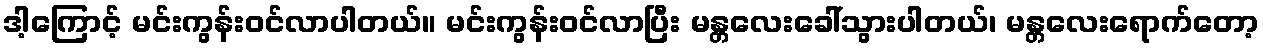
ဒါ့ကြောင့် မင်းကွန်းဝင်လာပါတယ်။ မင်းကွန်းဝင်လာပြီး မန္တလေးခေါ်သွားပါတယ်၊ မန္တလေးရောက်တော့